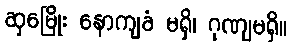
ဆှမြေိုး နောကျခံ မရှိ၊ ဂုဏျမရှိ။